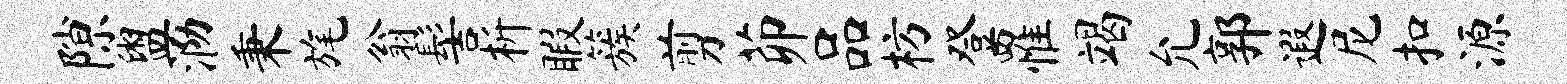
隙盥泐秉旄翁髻析暇簇剪茆品枋登罹竭允郭遐尼扣源